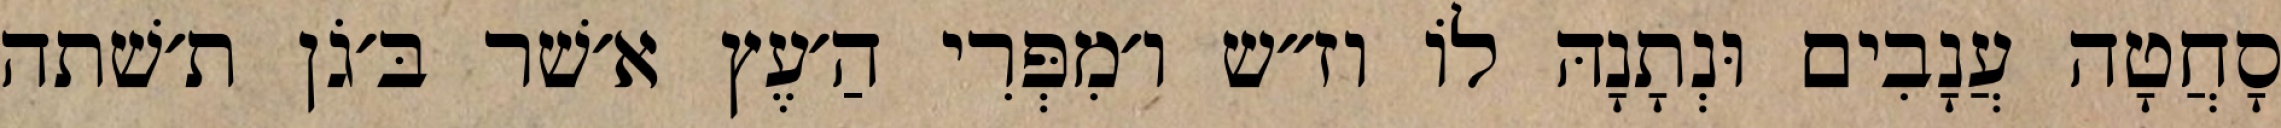
סָחֲטָה עֲנָבִים וּנְתָנָהּ לוֹ וז״ש ו׳מִפְּרִי הַ׳עֶץ א׳שׁר בּ׳גֹן ת׳שׁתה